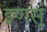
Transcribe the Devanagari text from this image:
इणसूं